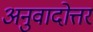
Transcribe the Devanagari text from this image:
अनुवादोत्तर